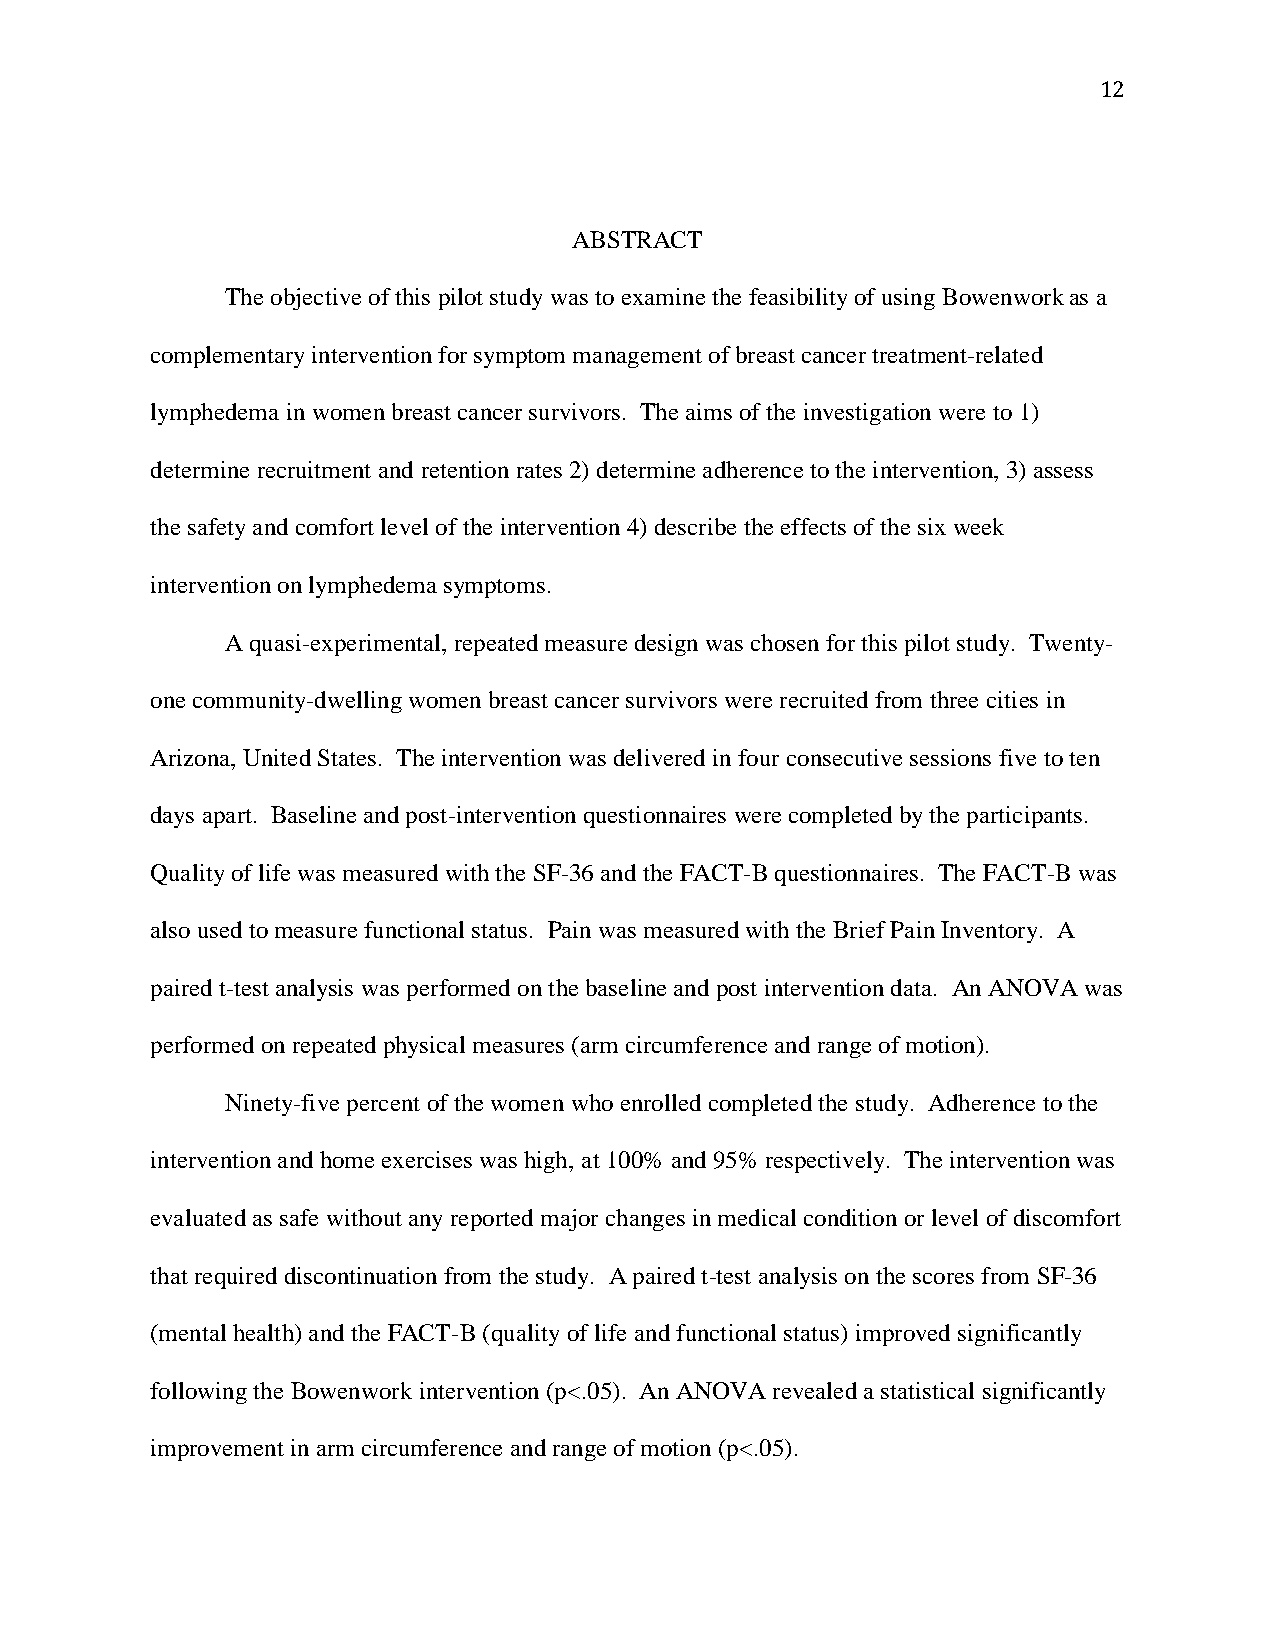
12
 ABSTRACT
 The objective of this pilot study was to examine the feasibility of using Bowenwork as a
 complementary intervention for symptom management of breast cancer treatment-related
 lymphedema in women breast cancer survivors. The aims of the investigation were to 1)
 determine recruitment and retention rates 2) determine adherence to the intervention, 3) assess
 the safety and comfort level of the intervention 4) describe the effects of the six week
 intervention on lymphedema symptoms.
 A quasi-experimental, repeated measure design was chosen for this pilot study. Twenty-
 one community-dwelling women breast cancer survivors were recruited from three cities in
 Arizona, United States. The intervention was delivered in four consecutive sessions five to ten
 days apart. Baseline and post-intervention questionnaires were completed by the participants.
 Quality of life was measured with the SF-36 and the FACT-B questionnaires. The FACT-B was
 also used to measure functional status. Pain was measured with the Brief Pain Inventory. A
 paired t-test analysis was performed on the baseline and post intervention data. An ANOVA was
 performed on repeated physical measures (arm circumference and range of motion).
 Ninety-five percent of the women who enrolled completed the study. Adherence to the
 intervention and home exercises was high, at 100% and 95% respectively. The intervention was
 evaluated as safe without any reported major changes in medical condition or level of discomfort
 that required discontinuation from the study. A paired t-test analysis on the scores from SF-36
 (mental health) and the FACT-B (quality of life and functional status) improved significantly
 following the Bowenwork intervention (p<.05). An ANOVA revealed a statistical significantly
 improvement in arm circumference and range of motion (p<.05).